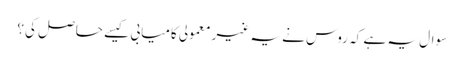
سوال یہ ہے کہ روس نے یہ غیر معمولی کامیابی کیسے حاصل کی؟